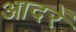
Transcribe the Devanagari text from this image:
आदरें